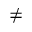
\ne